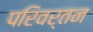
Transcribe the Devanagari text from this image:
परिवर्तन